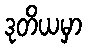
ဒုတိယမှာ